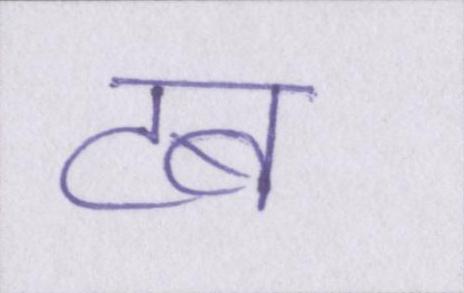
टब